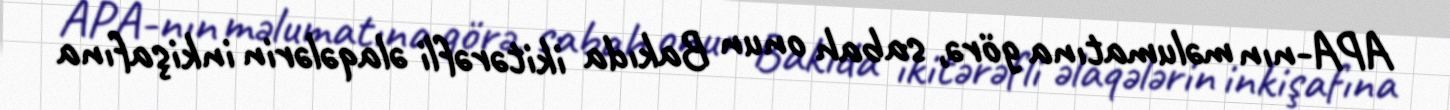
APA-nın məlumatına görə, sabah onun Bakıda ikitərəfli əlaqələrin inkişafına